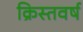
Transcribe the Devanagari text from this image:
क्रिस्तवर्ष